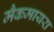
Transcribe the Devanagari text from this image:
मैकमायरा